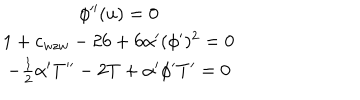
\begin{array} { c } { { \phi ^ { \prime \prime } ( u ) = 0 } } \\ { { 1 + c _ { w z w } - 2 6 + 6 \alpha ^ { \prime } ( \phi ^ { \prime } ) ^ { 2 } = 0 } } \\ { { - \frac { 1 } { 2 } \alpha ^ { \prime } T ^ { \prime \prime } - 2 T + \alpha ^ { \prime } \phi ^ { \prime } T ^ { \prime } = 0 } } \\ \end{array}